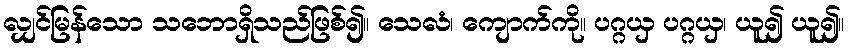
လျှင်မြန်သော သဘောရှိသည်ဖြစ်၍။ သေလံ၊ ကျောက်ကို။ ပဂ္ဂယှ ပဂ္ဂယှ၊ ယူ၍ ယူ၍။